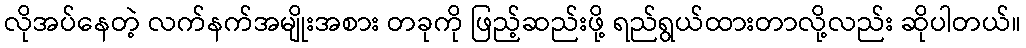
လိုအပ်နေတဲ့ လက်နက်အမျိုးအစား တခုကို ဖြည့်ဆည်းဖို့ ရည်ရွယ်ထားတာလို့လည်း ဆိုပါတယ်။